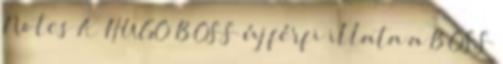
Notes A HUGO BOSS új férfi illata a BOSS